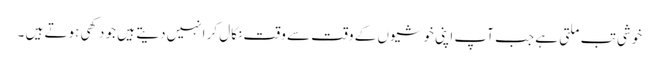
خوشی تب ملتی ہے جب آپ اپنی خوشیوں کے وقت سے وقت نکال کر انہیں دیتے ہیں جو دکھی ہوتے ہیں ۔